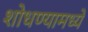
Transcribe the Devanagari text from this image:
शोधण्यामध्ये